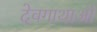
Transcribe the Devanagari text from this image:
देवगाथाओं